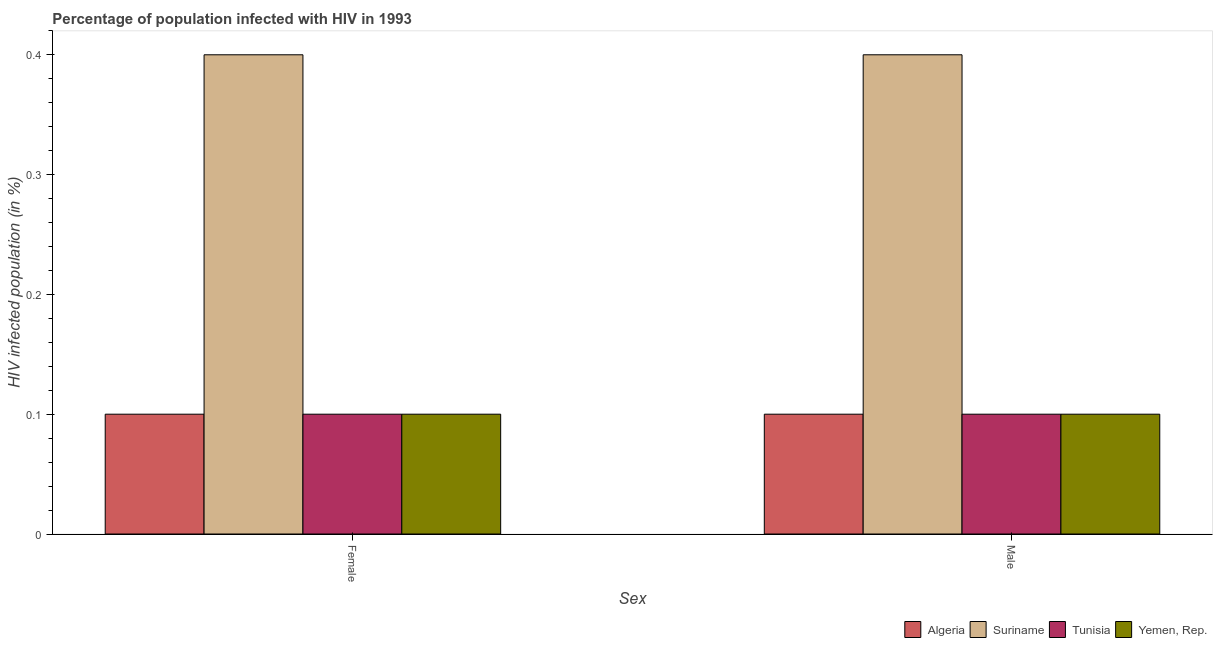
| Sex | Algeria | Suriname | Tunisia | Yemen, Rep. |
 | --- | --- | --- | --- | --- |
 | Female | 0.1 | 0.4 | 0.1 | 0.1 |
 | Male | 0.1 | 0.4 | 0.1 | 0.1 |